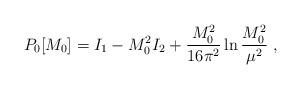
LaTeX: \begin{align*}P_0[M_0] = I_1 - M_0^2 I_2 + {M_0^2 \over 16 \pi^2} \ln {M_0^2 \over \mu^2} ~,\end{align*}